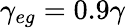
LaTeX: \gamma_{eg}=0.9\gamma